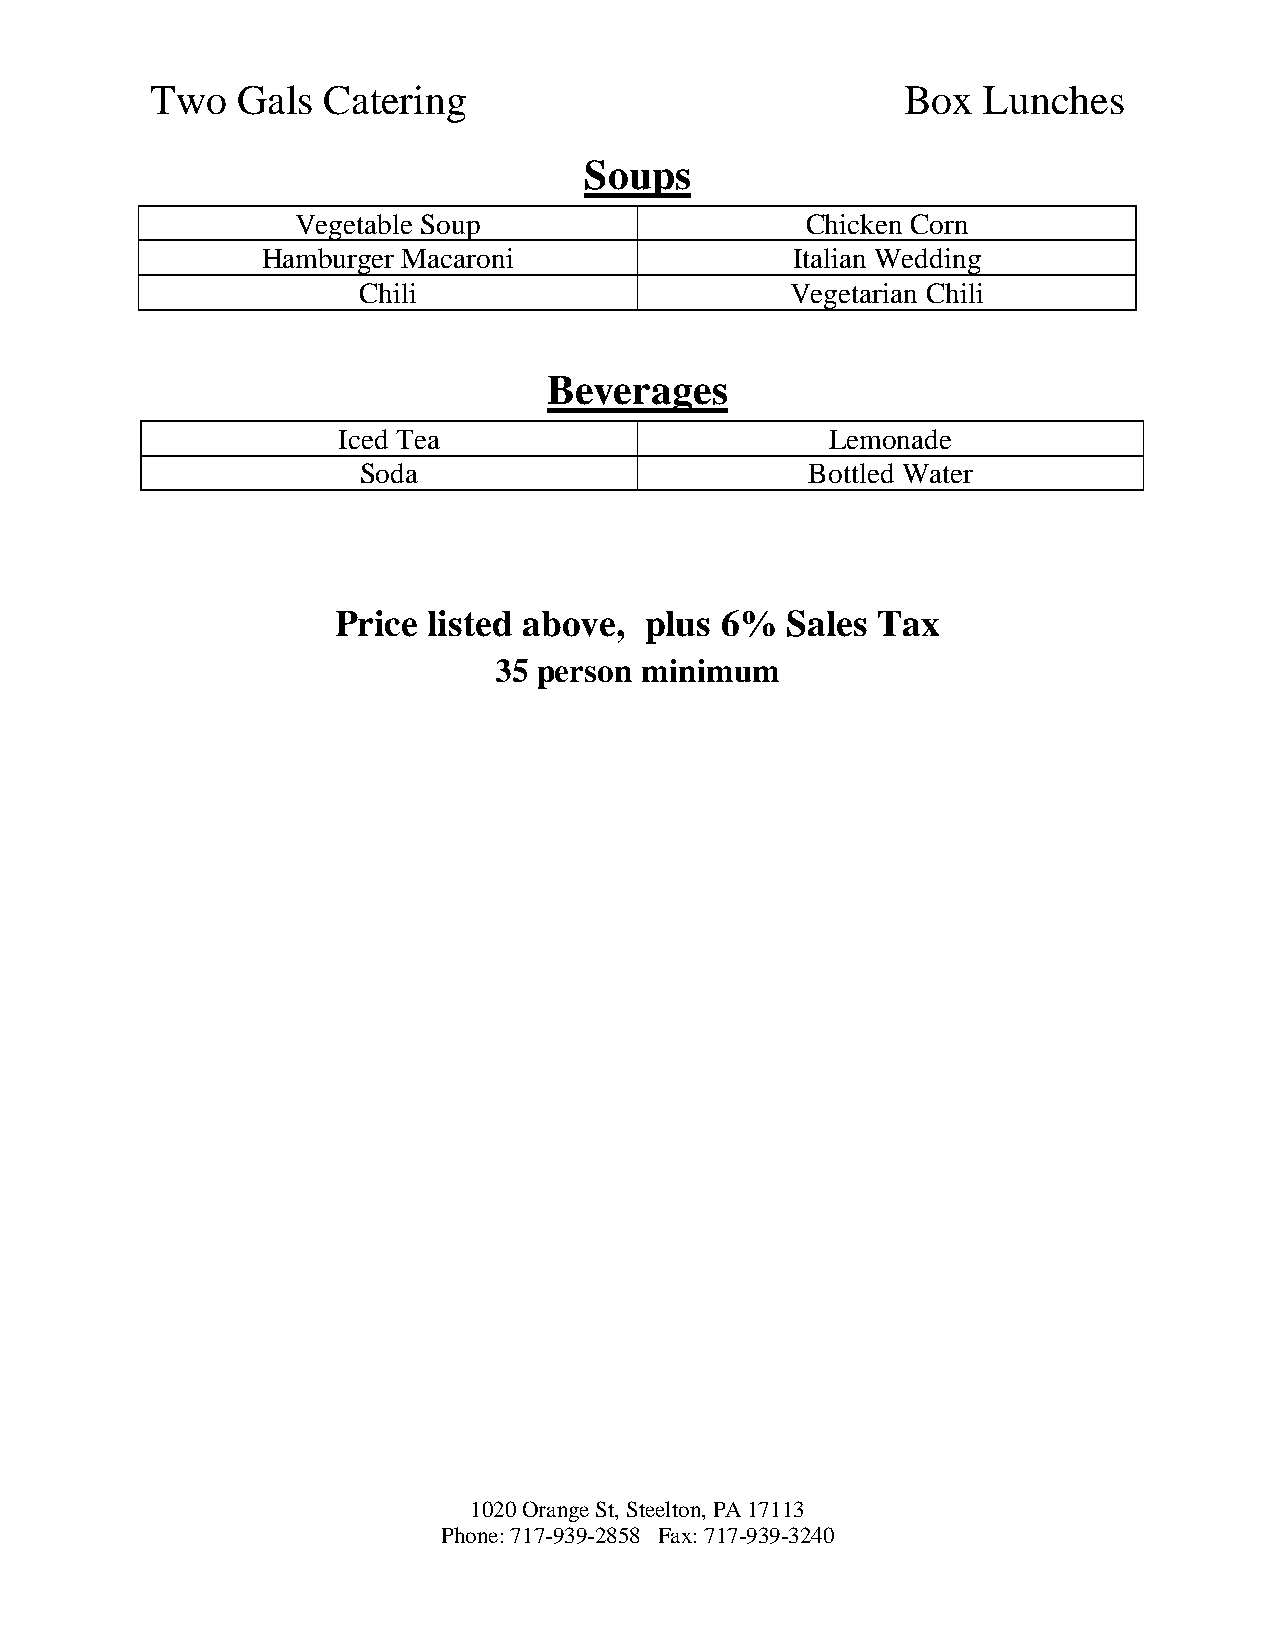
Two   Gals Catering                               Box  Lunches
 Soups
 Vegetable Soup                   Chicken Corn
 Hamburger Macaroni                 Italian Wedding
 Chili                       Vegetarian Chili
 Beverages
 Iced Tea                         Lemonade
 Soda                          Bottled Water
 Price listed above,  plus 6%  Sales Tax
 35 person minimum
 1020 Orange St, Steelton, PA 17113
 Phone: 717-939-2858 Fax: 717-939-3240